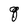
Character: q